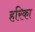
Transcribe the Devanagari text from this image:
हरिका